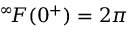
^ { \infty } \! F ( 0 ^ { + } ) = 2 \pi